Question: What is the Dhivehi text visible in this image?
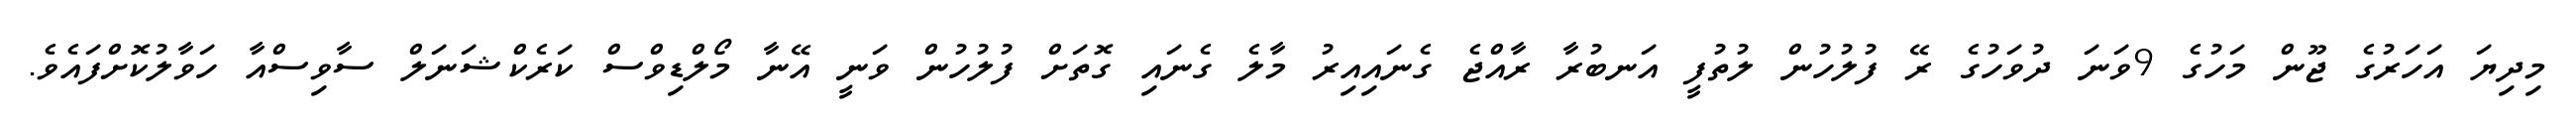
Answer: މިދިޔަ އަހަރުގެ ޖޫން މަހުގެ 9ވަނަ ދުވަހުގެ ރޭ ފުލުހުން ލުތުފީ އަނބުރާ ރާއްޖެ ގެނައިއިރު މާލެ ގެނައި ގޮތަށް ފުލުހުން ވަނީ އޭނާ މޯލްޑިވްސް ކަރެކްޝަނަލް ސާވިސްއާ ހަވާލުކޮށްފައެވެ.